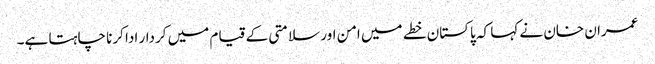
عمران خان نے کہا کہ پاکستان خطے میں امن اور سلامتی کے قیام میں کردار ادا کرنا چاہتا ہے۔